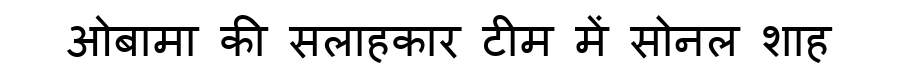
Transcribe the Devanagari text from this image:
ओबामा की सलाहकार टीम में सोनल शाह